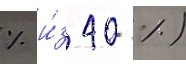
% и́з 40 %)